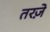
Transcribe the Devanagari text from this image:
तरज़े